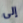
إلى